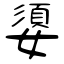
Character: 嬃